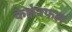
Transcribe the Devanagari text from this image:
केक्षेत्रफल